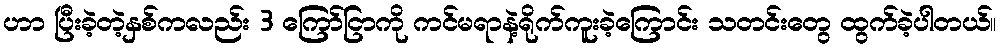
ဟာ ပြီးခဲ့တဲ့နှစ်ကလည်း 3 ကြော်ငြာကို ကင်မရာနဲ့ရိုက်ကူးခဲ့ကြောင်း သတင်းတွေ ထွက်ခဲ့ပါတယ်။